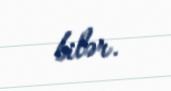
bilər.